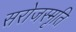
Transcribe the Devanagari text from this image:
सरोजस्मृति